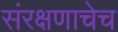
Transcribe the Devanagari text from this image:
संरक्षणाचेच